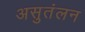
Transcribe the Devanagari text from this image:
असुतंलन